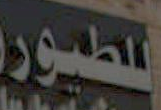
للطيور